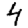
Digit: 4